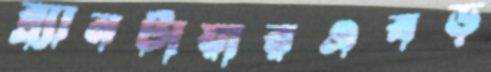
ব্ল্যানটায়ারএবড়